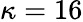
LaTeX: \kappa=16